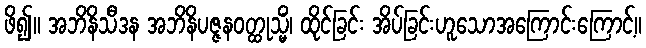
ဖိ၍။ အဘိနိသီဒန အဘိနိပဇ္ဇနဝတ္ထုသ္မိံ၊ ထိုင်ခြင်း အိပ်ခြင်းဟူသောအကြောင်းကြောင့်။